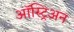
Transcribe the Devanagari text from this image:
ऑस्ट्रिअन